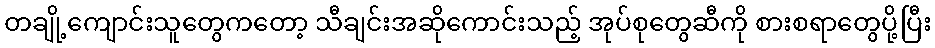
တချို့ကျောင်းသူတွေကတော့ သီချင်းအဆိုကောင်းသည့် အုပ်စုတွေဆီကို စားစရာတွေပို့ပြီး